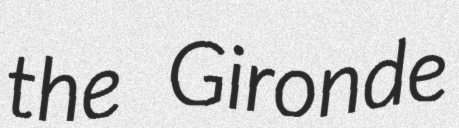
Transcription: the Gironde